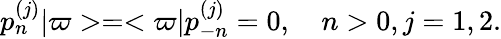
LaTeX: p_{n}^{(j)}\vert\varpi>=<\varpi\vert p_{-n}^{(j)}=0,\quad n>0,j=1,2.